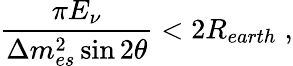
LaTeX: \frac{\pi E_{\nu}}{\Delta m_{es}^{2}\sin 2\theta}<2R_{earth}\; ,